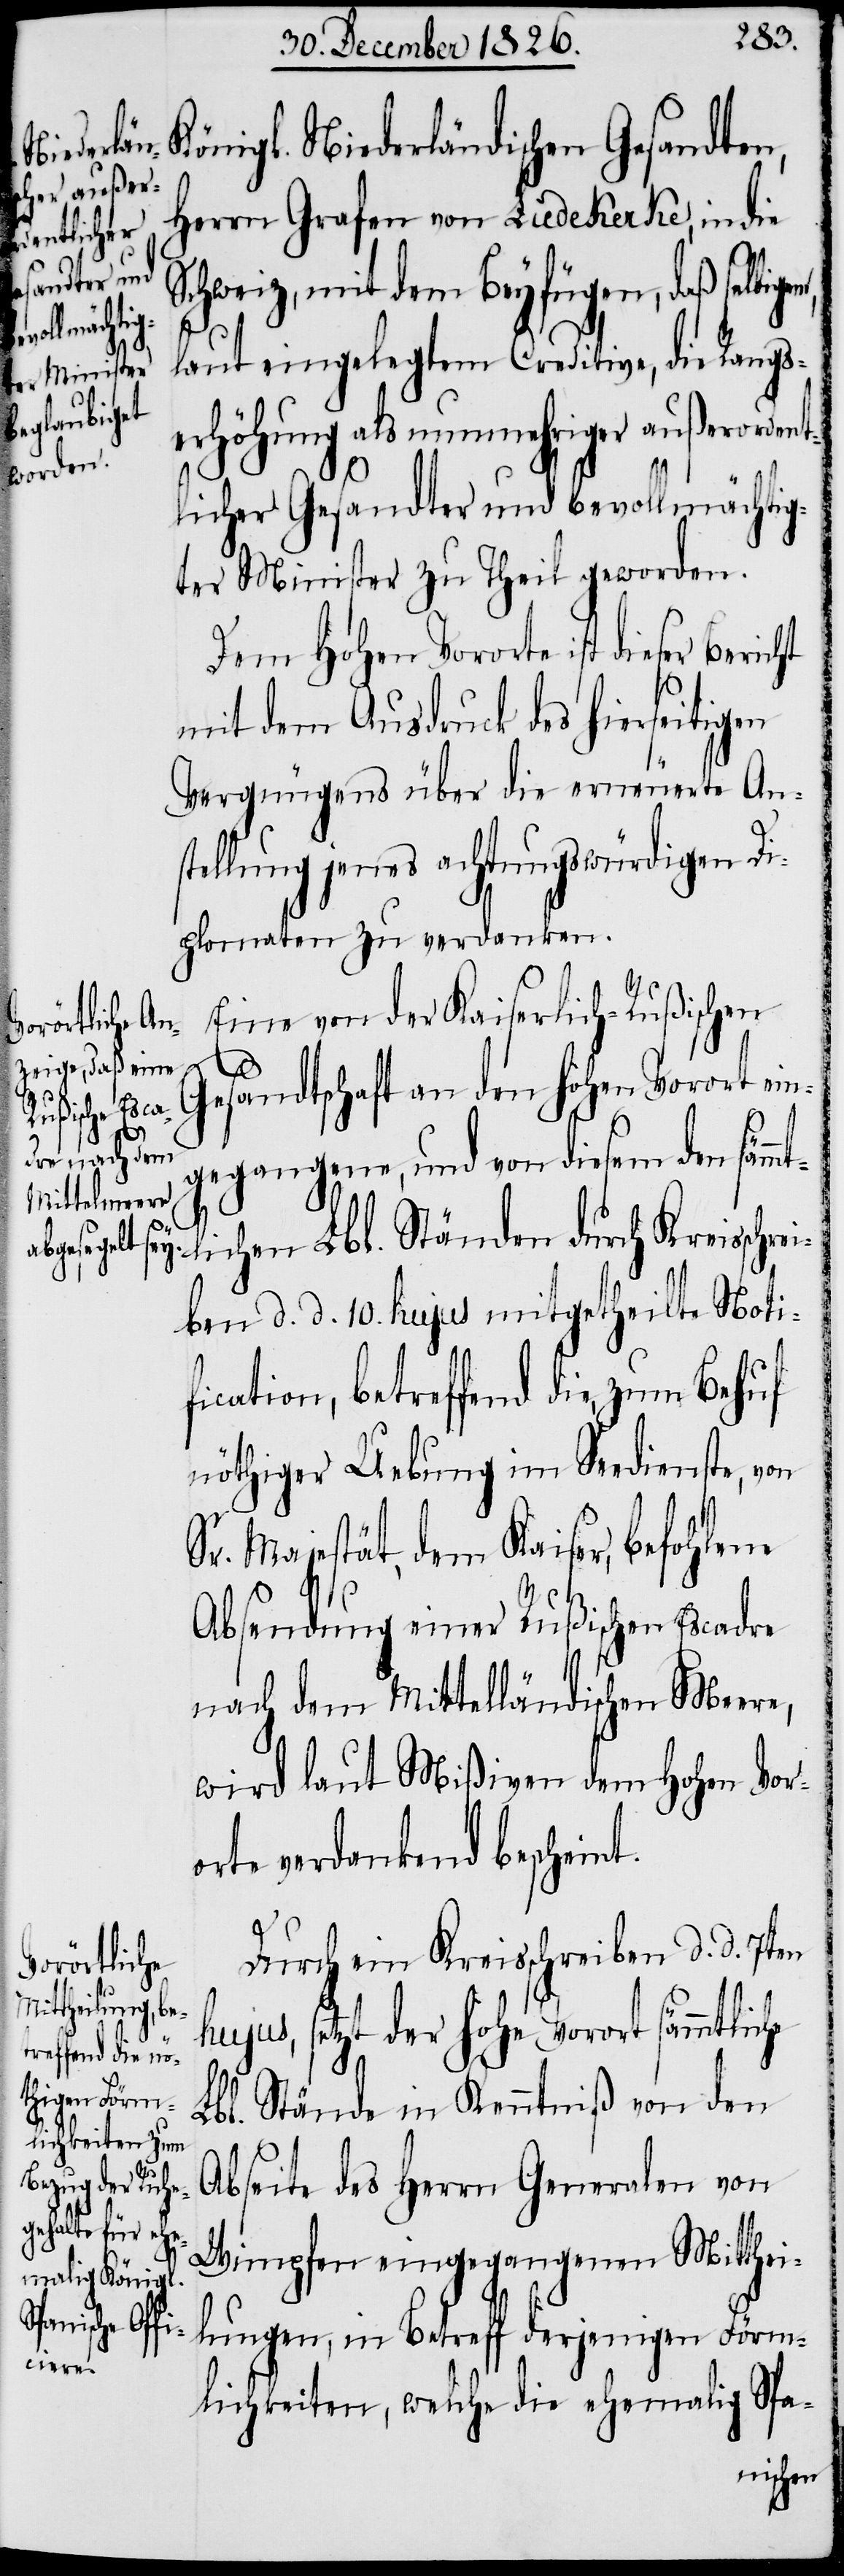
Königl. Niederländischen Gesandten,
Herrn Grafen von Liedekerke, in die
Schweiz, mit dem Beyfügen, daß selbig¬
he
laut eingelegtem Creditive, die Rangs¬
Bericht
erhöhung als nunmehriger außerordent¬
licher Gesandter und bevollmächtig¬
ter Minister zu Theil geworden.
Dem Hohen Vororte ist dieser
mit dem Ausdruck des hierseitigen
Vergnügens über die erneuerte An¬
stellung jenes achtungswürdigen Di¬
plomaten zu verdanken.
Eine von der Kaiserlich-Rußischen
Gesandtschaft an den hohen Vorort ein¬
gegangene, und von diesem den sämm¬
tlichen Lbl. Ständen durch Kreisschrei¬
ben d. d. 10. hujus mitgetheilte Noti¬
fication, betreffend die, zum Behuf
nöthiger Uebung im Seedienste, von
Sr. Majestät, dem Kaiser, befohlene
Absendung einer Rußischen Escadre
nach dem Mittelländischen Meere,
wird laut Mißiven dem hohen Vor¬
orte verdankend bescheint.
Durch ein Kreisschreiben d. d. 7ten
hujus, setzt der hohe Vorort sämmtlic¬
Lbl. Stände in Kenntniß von den
Abseite des Herrn Generalen von
Wimpfen eingegangenen Mitthei¬
lungen, in Betreff derjenigen Förm¬
lichkeiten, welche die ehemalig Spa-